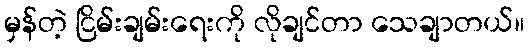
မှန်တဲ့ ငြိမ်းချမ်းရေးကို လိုချင်တာ သေချာတယ်။